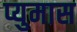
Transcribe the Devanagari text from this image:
प्युमास